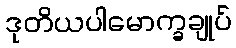
ဒုတိယပါမောက္ခချုပ်